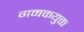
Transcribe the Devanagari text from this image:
गमकयुक्त